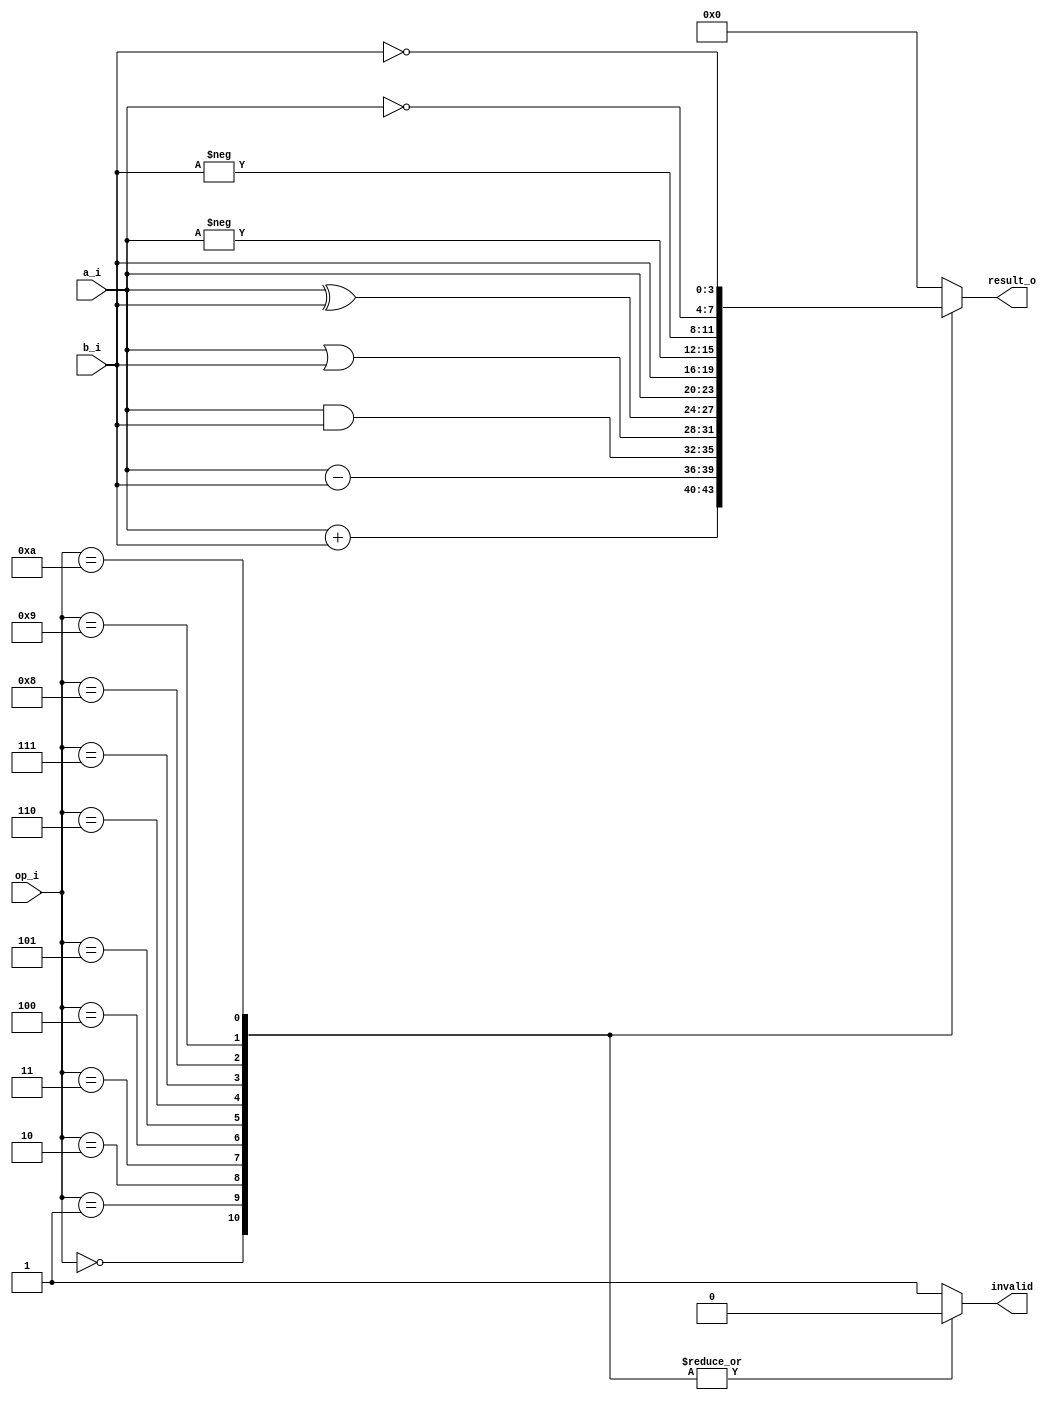
`timescale 1ns / 1ps
/*
 ******************************************************************************
 * Grupo: 07
 * C1: 13-10936 Rafael Moreno
 * C2: 14-10079 Amanda Barrios
 * C3: 15-10242 Daniela Carfora
 * Mdulo: ALU de 4-bits
 ******************************************************************************
 */
module alu(
    input [3:0]      a_i,      // Entrada A
    input [3:0]      b_i,      // Entrada B
    input [3:0]      op_i,     // Operacin
    output reg [3:0] result_o, // Salida de la operacin
    output reg       invalid   // Salida para operacin invalida
    );

	


always @(*) begin
    case (op_i)
                              
                            
        	4'h0: begin invalid = 1'h0; result_o = (a_i + b_i); end// Suma
       		4'h1: begin invalid = 1'h0; result_o = (a_i - b_i); end// Resta
		4'h2: begin invalid = 1'h0; result_o = (a_i & b_i); end// AND
		4'h3: begin invalid = 1'h0; result_o = (a_i | b_i); end// OR
		4'h4: begin invalid = 1'h0; result_o = (a_i ^ b_i); end// XOR
		4'h5: begin invalid = 1'h0; result_o = a_i; end   // A (Asigna a la salida el valor del puerto A)
		4'h6: begin invalid = 1'h0; result_o = b_i; end   // B (Asigna a la salida el valor del puerto B)
		4'h7: begin invalid = 1'h0; result_o = -(a_i); end  // -A
		4'h8: begin invalid = 1'h0; result_o = -(b_i); end  // -B
		4'h9: begin invalid = 1'h0; result_o = ~(a_i); end// ~A (Negar bit a bit)
		4'hA: begin invalid = 1'h0; result_o = ~(b_i); end// ~B (Negar bit a bit)
        default: begin invalid = 1'h1; result_o = 4'h0; end // Invlido, salida 0.
		
    endcase
end


endmodule
// ****************************************************************************
// EOF
// ****************************************************************************